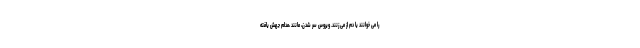
را می خوانند یا دم از می زنند. ویروس سِر شدن، مانند ،مدام جهش یافته